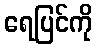
ရေပြင်ကို